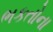
ભકતોના